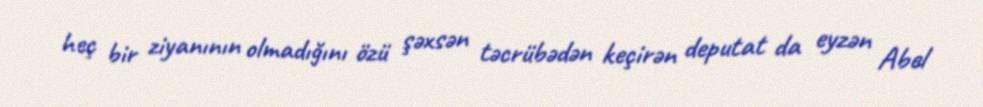
heç bir ziyanının olmadığını özü şəxsən təcrübədən keçirən deputat da eyzən Abel